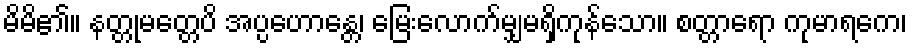
မိမိ၏။ နတ္တုမတ္တေပိ အပ္ပဟောန္တေ၊ မြေးလောက်မျှမရှိကုန်သော။ စတ္တာရော ကုမာရကေ၊